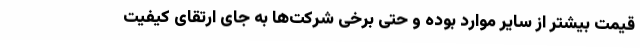
قیمت بیشتر از سایر موارد بوده و حتی برخی شرکت‌ها به جای ارتقای کیفیت